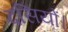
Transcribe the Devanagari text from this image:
दसियों।